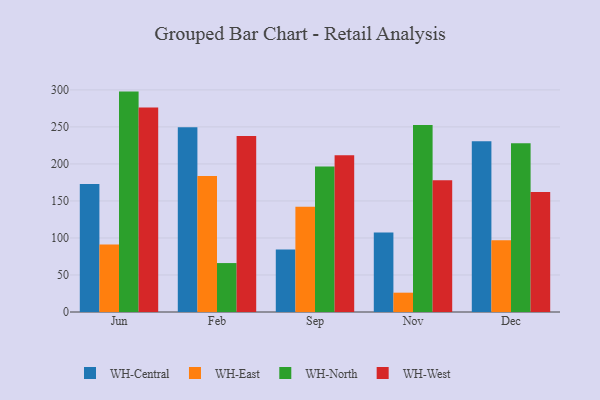
{"axis": {"x": "Month", "y": "LTV (USD)"}, "legend": ["WH-Central", "WH-East", "WH-North", "WH-West"], "data": [{"x": "Jun", "y": 172.8, "type": "WH-Central"}, {"x": "Jun", "y": 91.1, "type": "WH-East"}, {"x": "Jun", "y": 297.7, "type": "WH-North"}, {"x": "Jun", "y": 276.1, "type": "WH-West"}, {"x": "Feb", "y": 249.6, "type": "WH-Central"}, {"x": "Feb", "y": 183.8, "type": "WH-East"}, {"x": "Feb", "y": 66.1, "type": "WH-North"}, {"x": "Feb", "y": 237.7, "type": "WH-West"}, {"x": "Sep", "y": 84.3, "type": "WH-Central"}, {"x": "Sep", "y": 142.1, "type": "WH-East"}, {"x": "Sep", "y": 196.4, "type": "WH-North"}, {"x": "Sep", "y": 211.8, "type": "WH-West"}, {"x": "Nov", "y": 107.3, "type": "WH-Central"}, {"x": "Nov", "y": 26.1, "type": "WH-East"}, {"x": "Nov", "y": 252.5, "type": "WH-North"}, {"x": "Nov", "y": 177.8, "type": "WH-West"}, {"x": "Dec", "y": 230.5, "type": "WH-Central"}, {"x": "Dec", "y": 97.0, "type": "WH-East"}, {"x": "Dec", "y": 228.0, "type": "WH-North"}, {"x": "Dec", "y": 162.0, "type": "WH-West"}]}